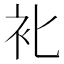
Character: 𰳰